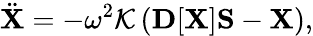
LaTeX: {\displaystyle{\ddot{\mathbf X}}=-\omega^{2}{\cal K}\left({\mathbf D}[{\mathbf X}]{\mathbf S}-{\mathbf X}\right),}